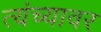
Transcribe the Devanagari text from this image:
त्यंच्यावर